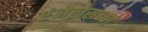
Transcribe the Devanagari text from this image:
एंजेलसच्या